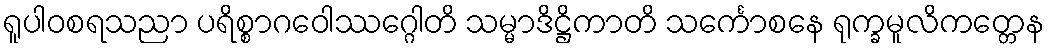
ရူပါဝစရသညာ ပရိစ္စာဂဝေါဿဂ္ဂေါတိ သမ္မာဒိဋ္ဌိကာတိ သင်္ကောစနေ ရုက္ခမူလိကတ္တေန